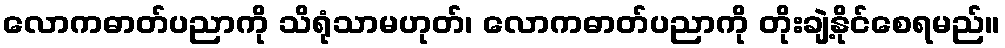
လောကဓာတ်ပညာကို သိရုံသာမဟုတ်၊ လောကဓာတ်ပညာကို တိုးချဲ့နိုင်စေရမည်။